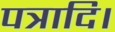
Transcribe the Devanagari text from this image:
पत्रादि।